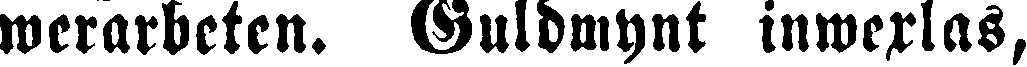
werarbeten. Guldmynt inwexlas,